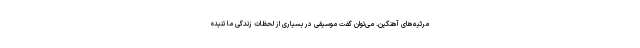
مرثیه‌های آهنگین. می‌توان گفت موسیقی در بسیاری از لحظات زندگی ما تنیده